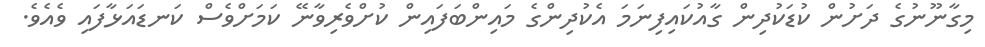
މިގާނޫނުގެ ދަށުން ކުޑަކުދިން ގާއުކައިފިނަމަ އެކުދިންގެ މައިންބަފައިން ކުށްވެރިވާނޭ ކަމަށްވެސް ކަނޑައަޅާފައި ވެއެވެ.